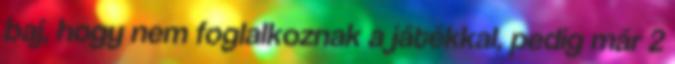
baj, hogy nem foglalkoznak a játékkal, pedig már 2